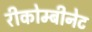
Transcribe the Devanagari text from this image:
रीकोम्बीनेट